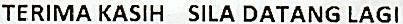
TERIMA KASIH SILA DATANG LAGI